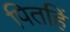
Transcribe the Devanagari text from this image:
पितहिं